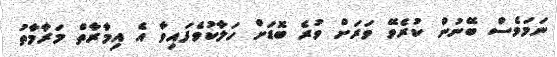
ނަމަވެސް ބޭނުން ކުރެވޭ ވަރަށް ވުރެ ބޮޑަށް ހަލާކުވެފައިވާ އެ އިމާރާތް މަރާމާތު